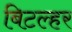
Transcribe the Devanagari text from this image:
बिटल्हर